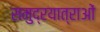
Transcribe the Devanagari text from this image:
समुद्रयात्राओं